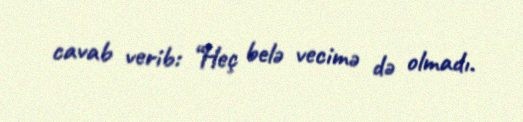
cavab verib: “Heç belə vecimə də olmadı.